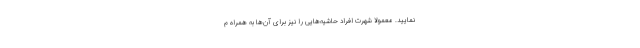
نمایید. معمولا شهرت افراد حاشیه‌هایی را نیز برای آن‌ها به همراه م